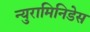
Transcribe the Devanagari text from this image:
न्युरामिनिडेस